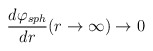
\begin{align*}\frac{d\varphi_{sph}}{dr} (r\rightarrow \infty)\rightarrow 0\end{align*}